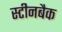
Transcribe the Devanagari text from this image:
स्टीनबैक